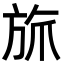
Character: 𬀄